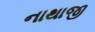
નાથાજી